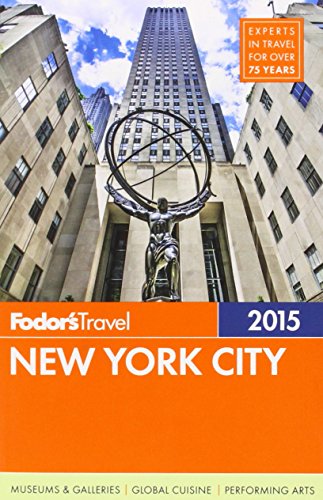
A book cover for Fodor's New York City 2015 (Full-color Travel Guide); Fodor's; Travel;